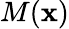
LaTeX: M(\mathbf{x})